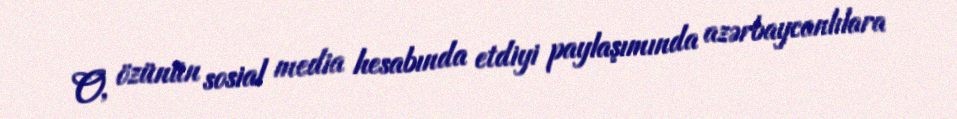
O, özünün sosial media hesabında etdiyi paylaşımında azərbaycanlılara